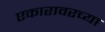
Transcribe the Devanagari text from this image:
एकारावरच्या